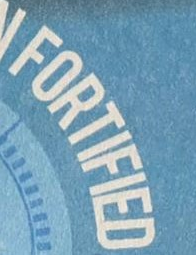
FORTIFIED